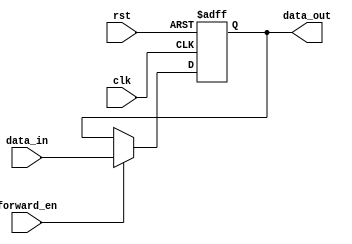
module ForwardingRegister (
    input wire clk,               // Clock signal
    input wire rst,               // Reset signal
    input wire [31:0] data_in,    // Input data
    input wire forward_en,         // Forward Enable signal
    output reg [31:0] data_out     // Output data
);

// Always block triggered on the rising edge of the clock or reset
always @(posedge clk or posedge rst) begin
    if (rst) begin
        // Reset the output to zero
        data_out <= 32'b0;
    end else if (forward_en) begin
        // Forward the input data to the output
        data_out <= data_in;
    end
    // If forward_en is low, data_out retains its previous value
end

endmodule